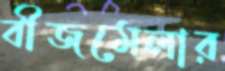
বীজমেলার